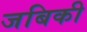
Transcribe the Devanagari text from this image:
जबिकी